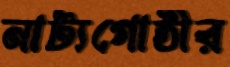
নাট্যগোষ্ঠীর